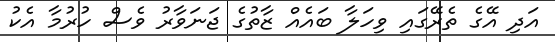
އަދި އޭގެ ތެރޭގައި ވިހަލާ ބައެއް ޒާތުގެ ޖަނަވާރު ވެސް ހުރުމާ އެކު